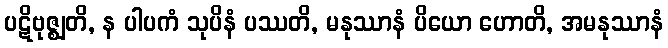
ပဋိဗုဇ္ဈတိ, န ပါပကံ သုပိနံ ပဿတိ, မနုဿာနံ ပိယော ဟောတိ, အမနုဿာနံ